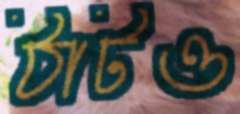
ঠাটও